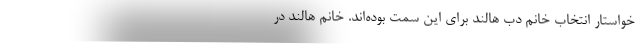
خواستار انتخاب خانم دب هالند برای این سمت بوده‌اند. خانم هالند در